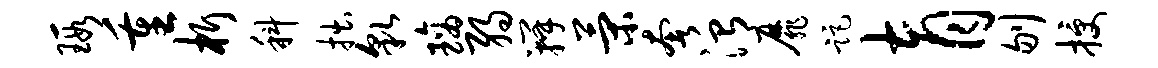
瑕重析科拙貌璃弱瓣策奢治靡距育刎授